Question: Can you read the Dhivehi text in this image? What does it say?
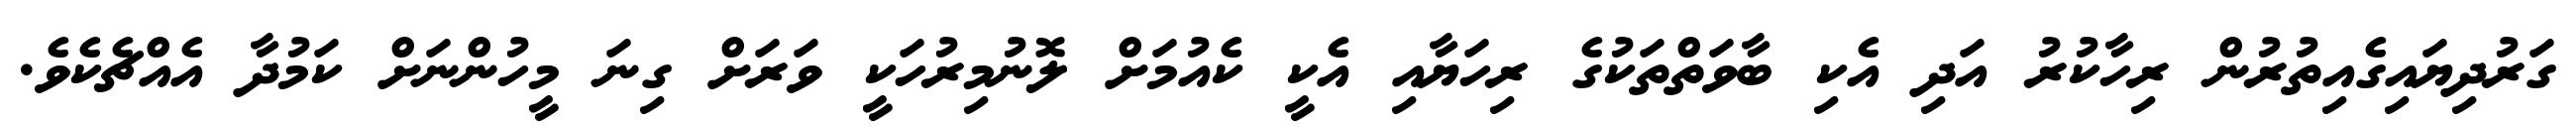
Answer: ގަރުދިޔައިގެއިތުރުން ރިހާކުރު އަދި އެކި ބާވަތްތަކުގެ ރިހަޔާއި އެކީ ކެއުމަށް ލޮނުމިރުހަކީ ވަރަށް ގިނަ މީހުންނަށް ކަމުދާ އެއްޗެކެވެ.